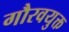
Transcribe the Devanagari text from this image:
गौरवयुक्त